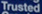
Trusted